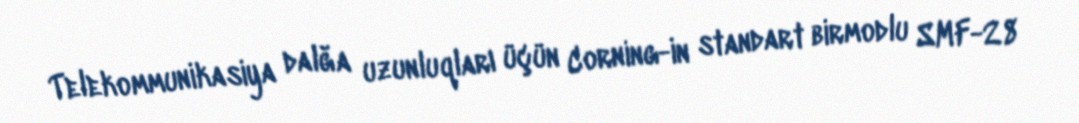
Telekommunikasiya dalğa uzunluqları üçün Corning-in standart birmodlu SMF-28